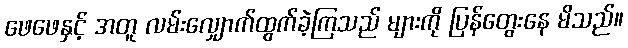
ဖေဖေနှင့် အတူ လမ်းလျှောက်ထွက်ခဲ့ကြသည် များကို ပြန်တွေးနေ မိသည်။